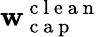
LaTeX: \mathbf{w}_{\mathrm{{~c~a~p~}}}^{\mathrm{{~c~l~e~a~n~}}}